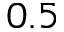
0 . 5